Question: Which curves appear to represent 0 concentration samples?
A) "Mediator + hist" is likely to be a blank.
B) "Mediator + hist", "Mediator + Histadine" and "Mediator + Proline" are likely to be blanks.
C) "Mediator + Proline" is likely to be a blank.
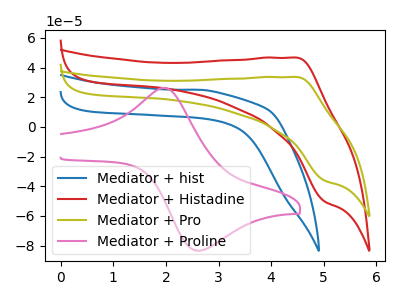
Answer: <think>The blue curve "Mediator + hist" has no peaks. The red curve "Mediator + Histadine" has an anodic peak at (4.50V, 46.70uA) and a cathodic peak at (5.00V, -50.00uA). The olive curve "Mediator + Pro" has an anodic peak at (4.50V, 33.60uA) and a cathodic peak at (5.00V, -36.00uA). The pink curve "Mediator + Proline" has an anodic peak at (1.95V, 26.30uA) and a cathodic peak at (2.65V, -83.50uA).</think>
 <answer>A) "Mediator + hist" is likely to be a blank.</answer>
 <eval>A</eval>